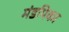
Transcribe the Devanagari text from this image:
मंडपिका